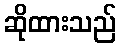
ဆိုထားသည်